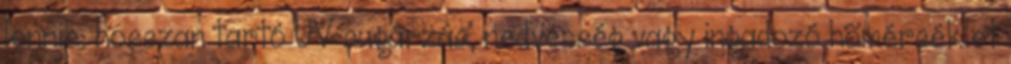
lennie; hosszan tartó UV sugárzás, nedvesség vagy ingadozó hõmérséklet